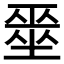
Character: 𭏞